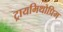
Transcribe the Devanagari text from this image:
ट्रायमिथोप्रिम